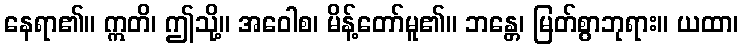
နေရာ၏။ ဣတိ၊ ဤသို့။ အဝေါစ၊ မိန့်တော်မူ၏။ ဘန္တေ၊ မြတ်စွာဘုရား။ ယထာ၊